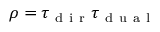
\rho = \tau _ { \mathrm { ~ d ~ i ~ r ~ } } \tau _ { \mathrm { ~ d ~ u ~ a ~ l ~ } }